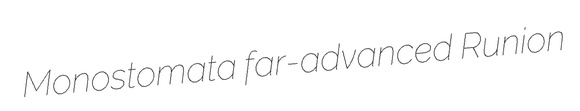
Monostomata far-advanced Runion